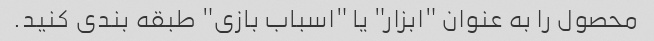
محصول را به عنوان "ابزار" یا "اسباب بازی" طبقه بندی کنید.